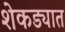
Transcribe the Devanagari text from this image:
शेकड्यात